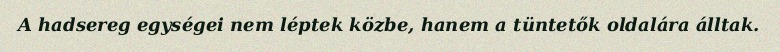
A hadsereg egységei nem léptek közbe, hanem a tüntetők oldalára álltak.